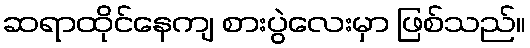
ဆရာထိုင်နေကျ စားပွဲလေးမှာ ဖြစ်သည်။